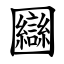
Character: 圝